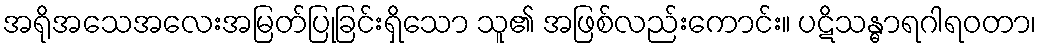
အရိုအသေအလေးအမြတ်ပြုခြင်းရှိသော သူ၏ အဖြစ်လည်းကောင်း။ ပဋိသန္ဓာရဂါရဝတာ၊